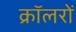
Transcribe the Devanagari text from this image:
क्रॉलरों